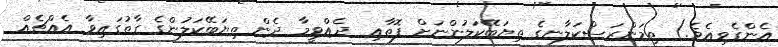
އެންގެވިއެވެ.) ތިމަންރަސްކަލާނގެ ތިޔަބޭކަލުންނަށް ފޮތާއި  ދެއްވީމާ ދެން ތިޔަބޭކަލުންގެ ގާތުގައިވާ އެއްޗެއް